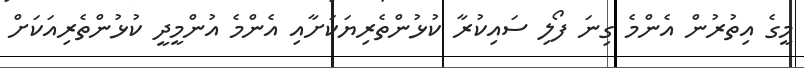
މީގެ އިތުރުން އެންމެ ގިނަ ފޯލި ސައިކުރާ ކުޅުންތެރިޔަކަށާއި އެންމެ އުންމީދީ ކުޅުންތެރިއަކަށް